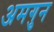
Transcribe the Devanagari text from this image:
अमगुन